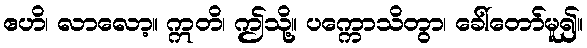
ဧဟိ၊ လာလော့။ ဣတိ၊ ဤသို့။ ပက္ကောသိတွာ၊ ခေါ်တော်မူ၍။